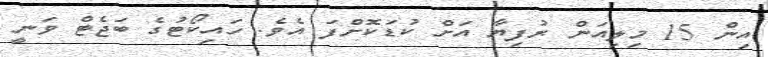
އިން 15 މިލިއަން ރުފިޔާ އަށް ކުޑަކޮށްފަ އެވެ. ހައިކޯޓުގެ ބަޖެޓް ވަނީ